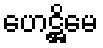
ဟေဋ္ဌိမေ